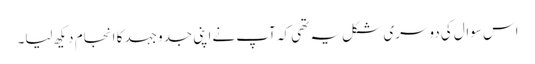
اس سوال کی دوسری شکل یہ تھی کہ آپ نےاپنی جدوجہد کا انجام دیکھ لیا۔